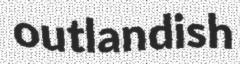
outlandish